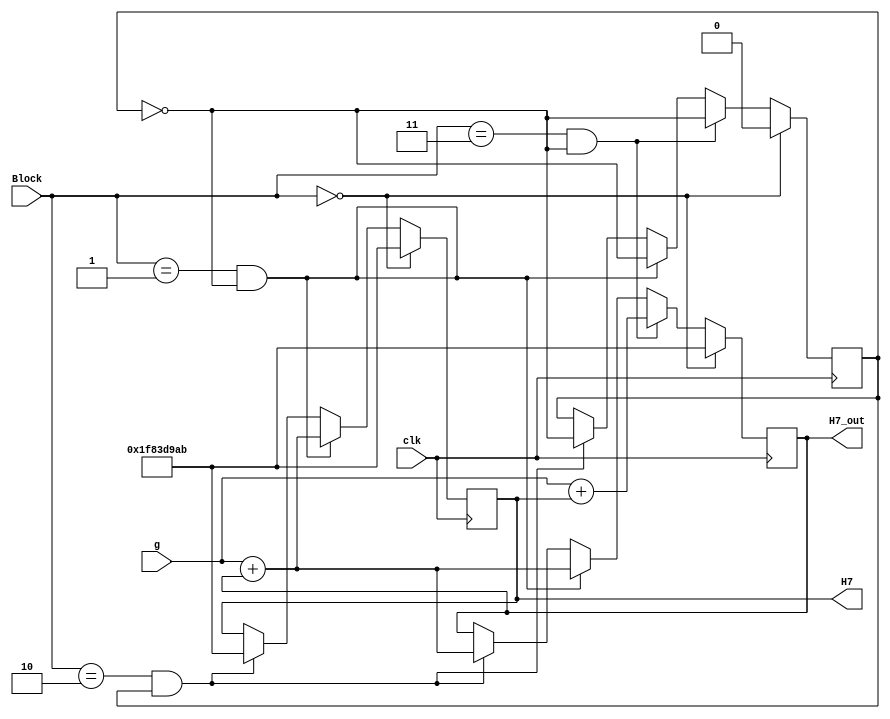
`timescale 1ns / 1ps
//////////////////////////////////////////////////////////////////////////////////
// Company: 
// Engineer: 
// 
// Design Name: 
// Module Name:    H7 
// Project Name: 
// Target Devices: 
// Tool versions: 
// Description: 
//
// Dependencies: 
//
// Revision: 
// Revision 0.01 - File Created
// Additional Comments: 
//
//////////////////////////////////////////////////////////////////////////////////
module H7(input [1:0] Block, input clk, input [31:0] g, output reg [31:0] H7_out, H7 );

reg source; 
initial
begin
H7_out = 32'h1f83d9ab;
H7= 32'h1f83d9ab;
end

always @ (posedge clk)
begin
	
	if (Block == 0)			
	begin
			H7_out <= 32'h1f83d9ab;
			H7<= 32'h1f83d9ab;
			source <=0;
		end
	else
		begin
		if(Block ==1 && source == 0)
		begin
			H7_out <= g + H7_out;
			H7 <= g + H7_out;
			source <= ~source;
			end
				else
		if(Block ==2 && source ==1)
				begin
					H7_out <= g + H7_out;
			H7 <= 32'h1f83d9ab;
			source <= ~source;
				end
				if(Block ==3 && source ==0)
				begin
					H7_out <= g + H7;
			source <= ~source;
				end
		end
		
end

endmodule